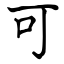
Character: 可